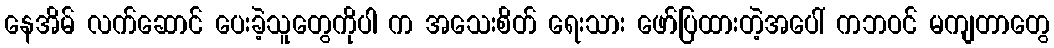
နေအိမ် လက်ဆောင် ပေးခဲ့သူတွေကိုပါ က အသေးစိတ် ရေးသား ဖော်ပြထားတဲ့အပေါ် ကဘဝင် မကျတာတွေ